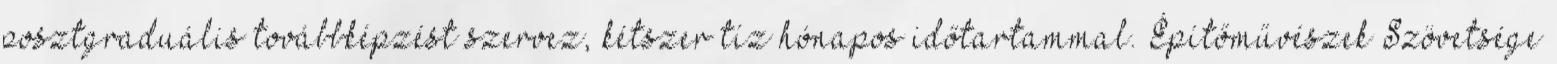
posztgraduális továbbképzést szervez, kétszer tíz hónapos időtartammal. Építőművészek Szövetsége